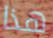
هذا